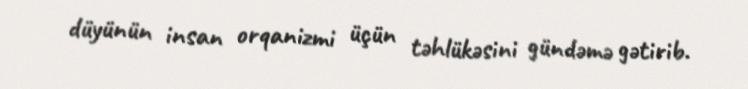
düyünün insan orqanizmi üçün təhlükəsini gündəmə gətirib.